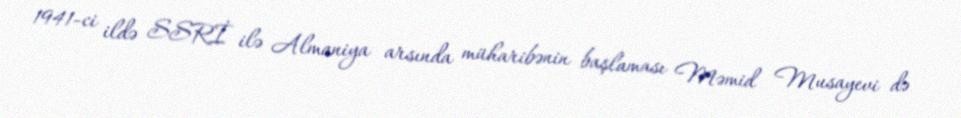
1941-ci ildə SSRİ ilə Almaniya arsında müharibənin başlaması Məmid Musayevi də